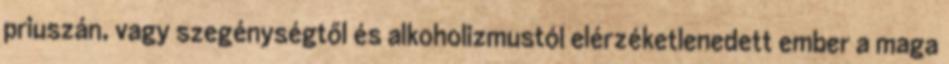
priuszán, vagy szegénységtől és alkoholizmustól elérzéketlenedett ember a maga